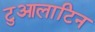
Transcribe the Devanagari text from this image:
टुआलाटिन